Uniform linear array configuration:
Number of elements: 24
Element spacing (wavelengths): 0.25
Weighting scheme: hann
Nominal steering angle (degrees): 45
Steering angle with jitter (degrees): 45.58
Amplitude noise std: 0.05
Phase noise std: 0.05

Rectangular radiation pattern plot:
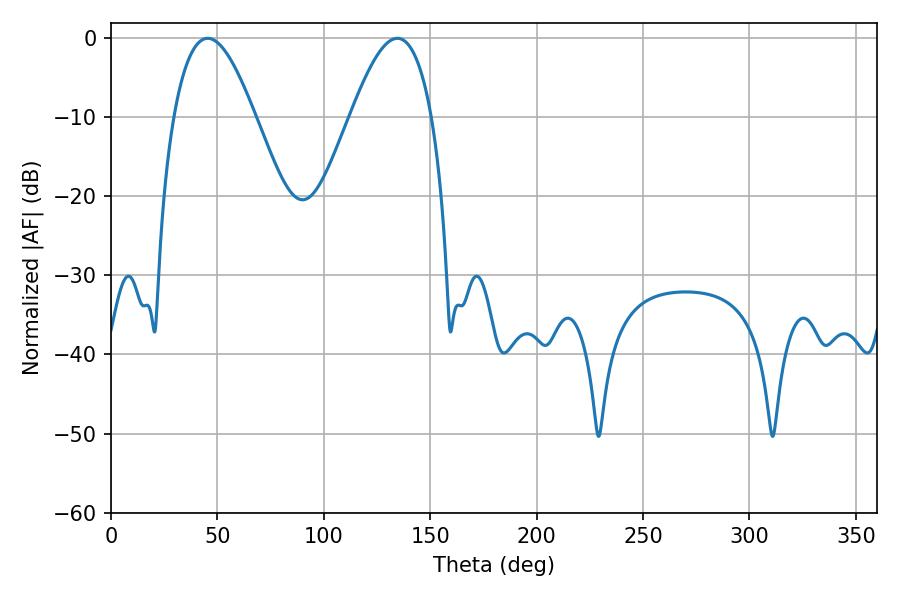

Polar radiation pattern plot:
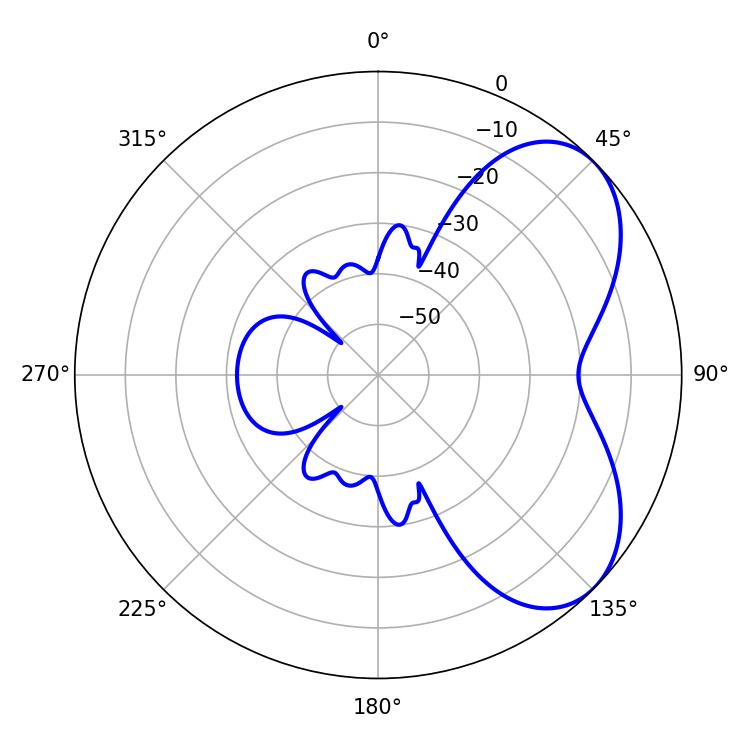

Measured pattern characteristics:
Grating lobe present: FALSE
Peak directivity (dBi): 5.406
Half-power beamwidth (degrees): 20.7
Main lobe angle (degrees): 45.36